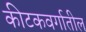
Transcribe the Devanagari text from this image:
कीटकवर्गातील